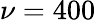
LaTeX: \nu=400